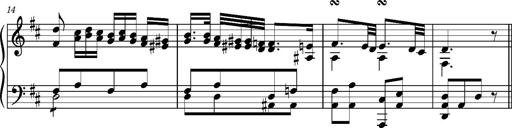
Title: Ungarischer Romanzero
Composer: Franz Liszt